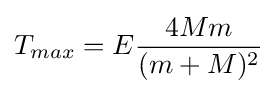
T_{max}=E{4Mm \over (m+M)^{2}}